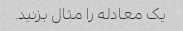
یک معادله را مثال بزنید.